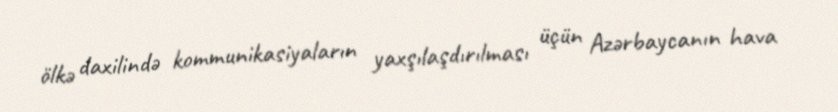
ölkə daxilində kommunikasiyaların yaxşılaşdırılması üçün Azərbaycanın hava